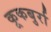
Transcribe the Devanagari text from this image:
कूकबुर्रा